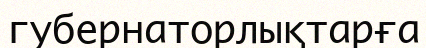
губернаторлықтарға